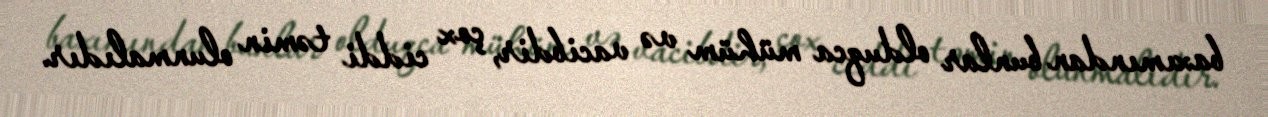
baxımından bunlar olduqca mühüm və vacibdir, çox ciddi təmin olunmalıdır.